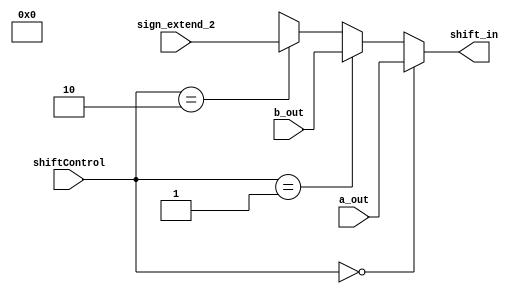
module mux_shift_in(
    input wire [1:0] shiftControl,
    input wire [31:0] a_out, b_out, sign_extend_2,
    output wire [31:0] shift_in
);
    
    assign shift_in = (shiftControl == 2'b00) ?  a_out:
                      (shiftControl == 2'b01) ?  b_out:
                      (shiftControl == 2'b10) ?  sign_extend_2:
                      1'bX;


endmodule